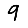
Digit: 9